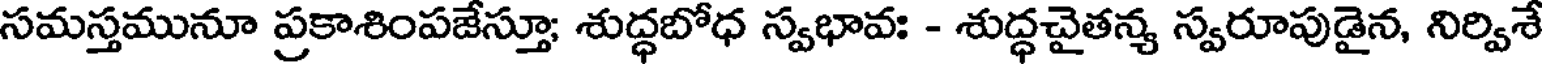
సమస్తమునూ ప్రకాశింపజేస్తూ; శుద్ధబోధ స్వభావః - శుద్ధచైతన్య స్వరూపుడైన, నిర్విశే